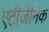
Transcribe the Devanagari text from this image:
एंटीजेनिक